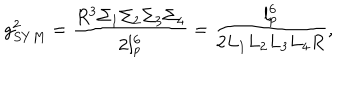
LaTeX: g _ { S Y M } ^ { 2 } = \frac { R ^ { 3 } \Sigma _ { 1 } \Sigma _ { 2 } \Sigma _ { 3 } \Sigma _ { 4 } } { 2 l _ { p } ^ { 6 } } = \frac { l _ { p } ^ { 6 } } { 2 L _ { 1 } L _ { 2 } L _ { 3 } L _ { 4 } R } ,